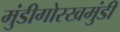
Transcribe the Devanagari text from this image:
मुंडीगोरखमुंडी